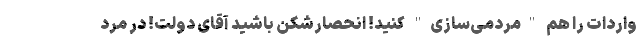
واردات را هم "مردمی‌سازی" کنید! انحصارشکن باشید آقای دولت! در مرد